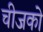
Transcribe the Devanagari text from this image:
चीजको